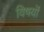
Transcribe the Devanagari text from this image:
विषयॊं